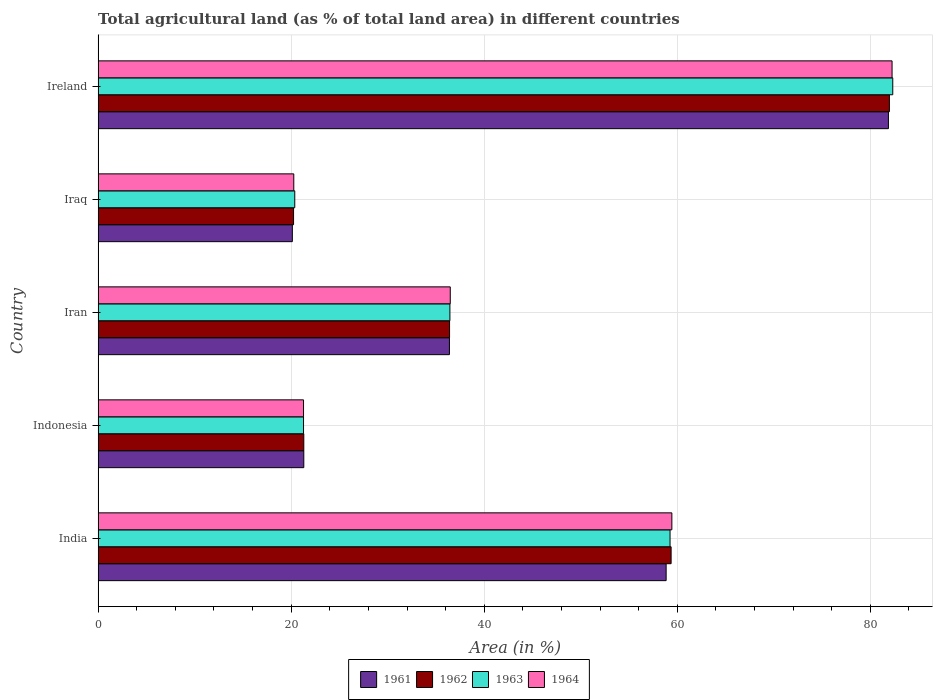
| Country | 1961 | 1962 | 1963 | 1964 |
 | --- | --- | --- | --- | --- |
 | India | 58.8 | 59.4 | 59.2 | 59.4 |
 | Indonesia | 21.3 | 21.3 | 21.3 | 21.3 |
 | Iran | 36.4 | 36.4 | 36.4 | 36.5 |
 | Iraq | 20.1 | 20.2 | 20.4 | 20.3 |
 | Ireland | 81.9 | 82 | 82.3 | 82.2 |